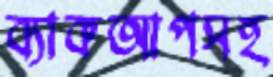
ব্যাকআপসহ